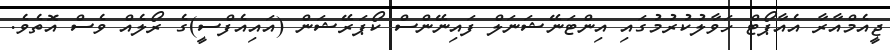
ޖީއެމްއާރާ އެއާޕޯޓް ހަވާލުކުރުމުގައި އިންޓަނޭޝަނަލް ފައިނޭންސް ކޯޕަރޭޝަން (އައިއެފްސީ)ގެ ރޯލެއް ވެސް އޮތެވެ.